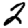
Digit: 2